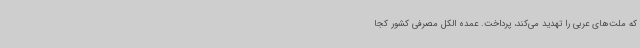
که ملت‌های عربی را تهدید می‌کند، پرداخت. عمده الکل مصرفی کشور کجا